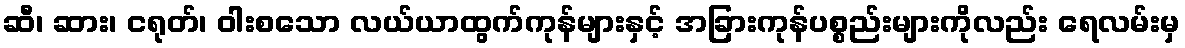
ဆီ၊ ဆား၊ ငရုတ်၊ ဝါးစသော လယ်ယာထွက်ကုန်များနှင့် အခြားကုန်ပစ္စည်းများကိုလည်း ရေလမ်းမှ